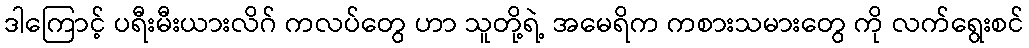
ဒါကြောင့် ပရီးမီးယားလိဂ် ကလပ်တွေ ဟာ သူတို့ရဲ့ အမေရိက ကစားသမားတွေ ကို လက်ရွေးစင်